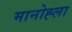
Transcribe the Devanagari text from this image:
मानोह्ला